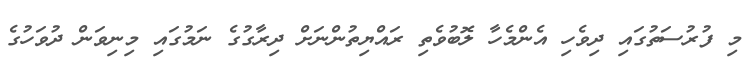
މި ފުރުސަތުގައި ދިވެހި އެންމެހާ ލޮބުވެތި ރައްޔިތުންނަށް ދިރާގުގެ ނަމުގައި މިނިވަން ދުވަހުގެ